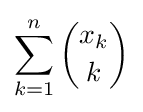
\sum _{k=1}^{n}{\binom {x_{k}}{k}}